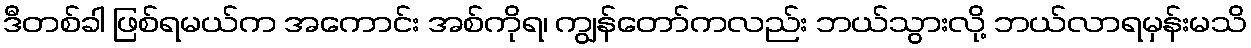
ဒီတစ်ခါ ဖြစ်ရမယ်က အကောင်း အစ်ကိုရ၊ ကျွန်တော်ကလည်း ဘယ်သွားလို့ ဘယ်လာရမှန်းမသိ